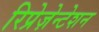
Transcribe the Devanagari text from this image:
रिप्रेज़ेन्टेशन